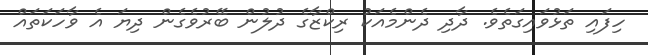
ހިފައި ތަޅުވައިގަތެވެ. ދާދި ދެންމެއަކު ރިކްޒާގެ ދުލުން ބޭރުވެގެން ދިޔަ އެ ވާހަކަތައް